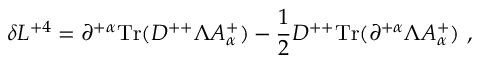
\delta L ^ { + 4 } = \partial ^ { + \alpha } \mathrm { T r } ( D ^ { + + } \Lambda A _ { \alpha } ^ { + } ) - { \frac { 1 } { 2 } } D ^ { + + } \mathrm { T r } ( \partial ^ { + \alpha } \Lambda A _ { \alpha } ^ { + } ) \ ,